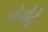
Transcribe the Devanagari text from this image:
लेगेंद्रे